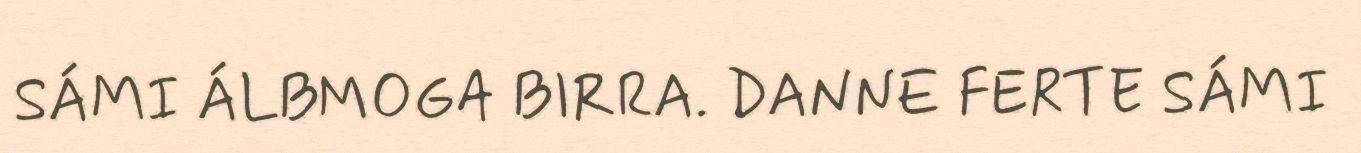
SÁMI ÁLBMOGA BIRRA. DANNE FERTE SÁMI